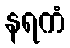
နရကံ